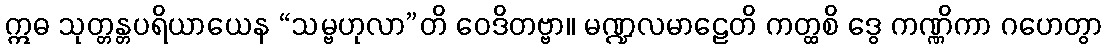
ဣဓ သုတ္တန္တပရိယာယေန “သမ္ဗဟုလာ”တိ ဝေဒိတဗ္ဗာ။ မဏ္ဍလမာဠေတိ ကတ္ထစိ ဒွေ ကဏ္ဏိကာ ဂဟေတွာ